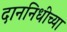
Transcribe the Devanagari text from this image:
दाननिधीच्या